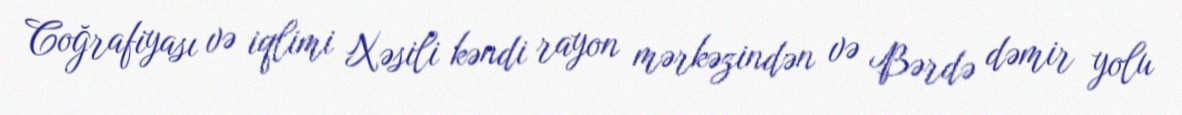
Coğrafiyası və iqlimi Xəsili kəndi rayon mərkəzindən və Bərdə dəmir yolu